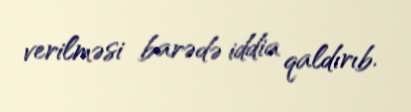
verilməsi barədə iddia qaldırıb.